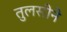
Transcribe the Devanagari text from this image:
तुलसीने